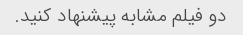
دو فیلم مشابه پیشنهاد کنید.